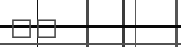
٦٠